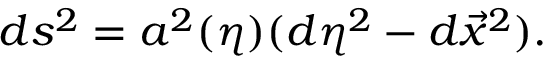
d s ^ { 2 } = a ^ { 2 } ( \eta ) ( d \eta ^ { 2 } - d \vec { x } ^ { 2 } ) .